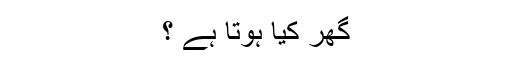
گھر کیا ہوتا ہے ؟